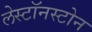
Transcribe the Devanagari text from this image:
लेस्टॉनस्टोन